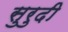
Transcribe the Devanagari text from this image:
सुरुदी